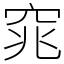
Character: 窕